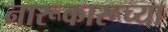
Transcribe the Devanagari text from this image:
नारूकारूच्या